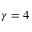
\gamma = 4